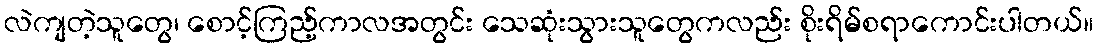
လဲကျတဲ့သူတွေ၊ စောင့်ကြည့်ကာလအတွင်း သေဆုံးသွားသူတွေကလည်း စိုးရိမ်စရာကောင်းပါတယ်။